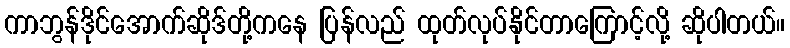
ကာဘွန်ဒိုင်အောက်ဆိုဒ်တို့ကနေ ပြန်လည် ထုတ်လုပ်နိုင်တာကြောင့်လို့ ဆိုပါတယ်။